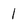
Character: l